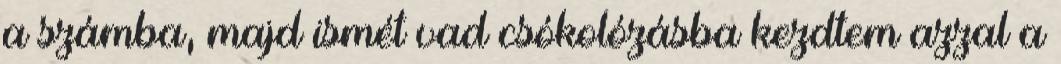
a számba, majd ismét vad csókolózásba kezdtem azzal a